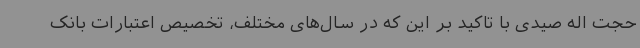
حجت اله صیدی با تاکید بر این که در سال‌های مختلف، تخصیص اعتبارات بانک